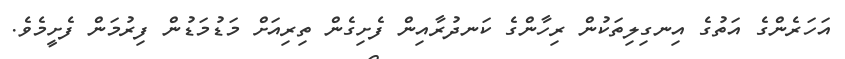
އަހަރެންގެ އަތުގެ އިނގިލިތަކުން ރިހާންގެ ކަނދުރާއިން ފެށިގެން ތިރިއަށް މަޑުމަޑުން ފިރުމަން ފެށީމެވެ.